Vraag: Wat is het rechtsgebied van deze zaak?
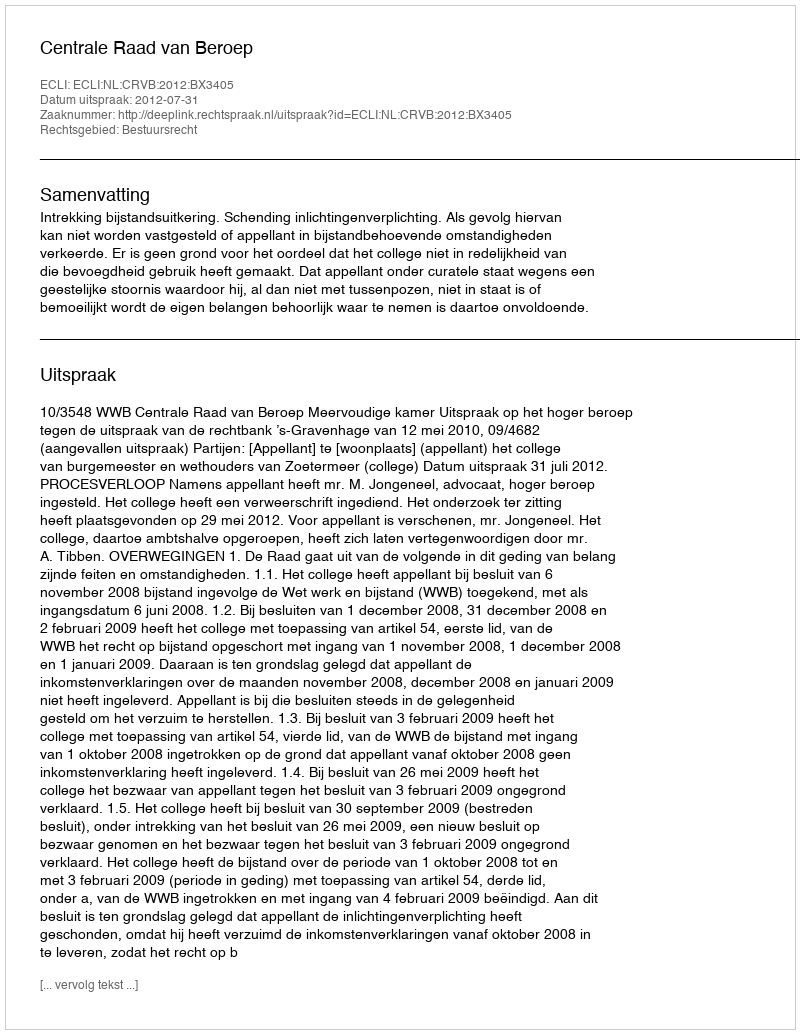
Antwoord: Bestuursrecht